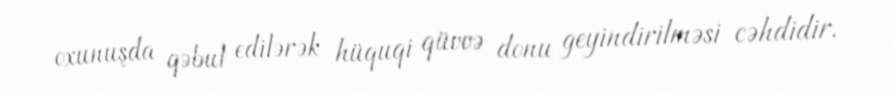
oxunuşda qəbul edilərək hüquqi qüvvə donu geyindirilməsi cəhdidir.